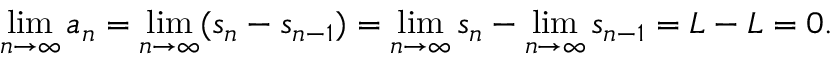
\operatorname* { l i m } _ { n \to \infty } a _ { n } = \operatorname* { l i m } _ { n \to \infty } ( s _ { n } - s _ { n - 1 } ) = \operatorname* { l i m } _ { n \to \infty } s _ { n } - \operatorname* { l i m } _ { n \to \infty } s _ { n - 1 } = L - L = 0 .